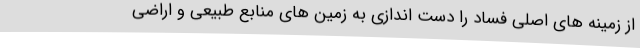
از زمینه های اصلی فساد را دست اندازی به زمین های منابع طبیعی و اراضی